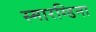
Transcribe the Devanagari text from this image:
स्मारग्डिना